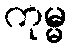
ကုမ္မ